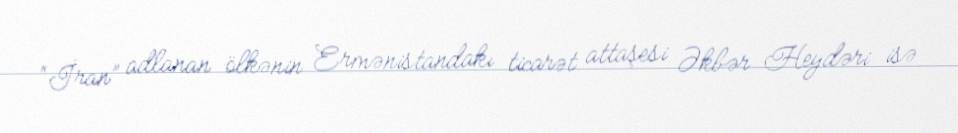
“İran” adlanan ölkənin Ermənistandakı ticarət attaşesi Əkbər Heydəri isə